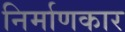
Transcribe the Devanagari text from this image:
निर्माणकार